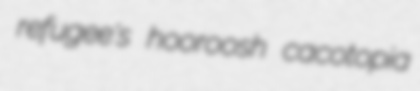
refugee's hooroosh cacotopia